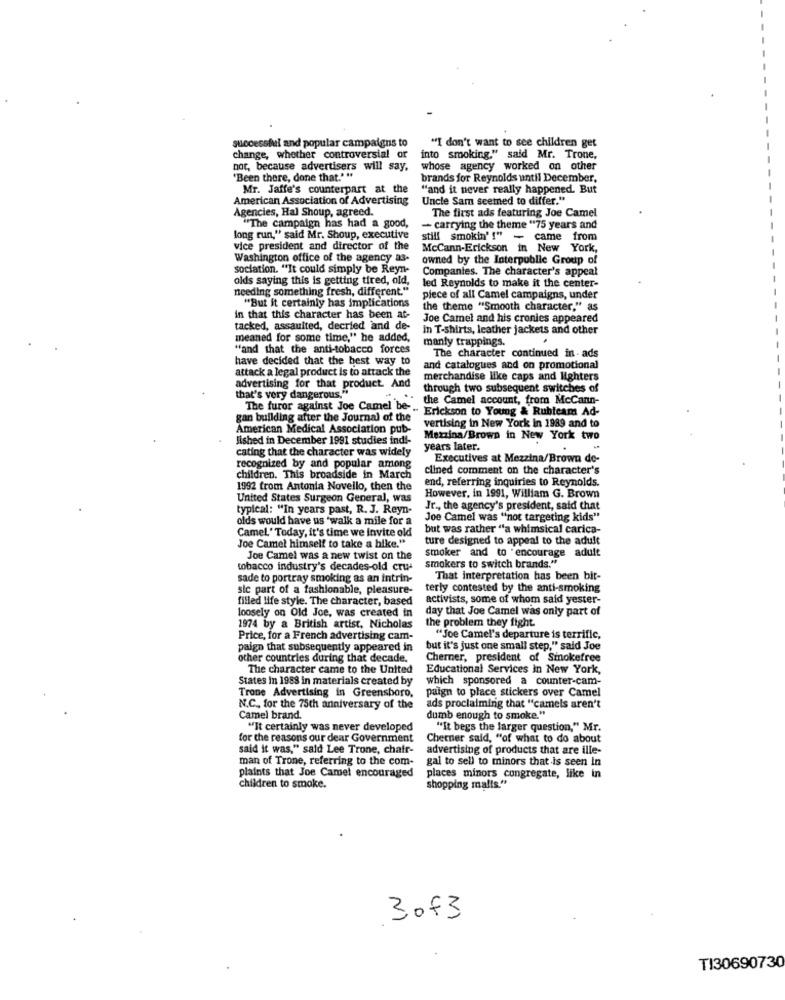
successful and popular campaigns to
"I don't want to see children get
change, whether controversial or
into smoking," said Mr. Trone,
not, because advertisers will say,
whose agency worked on other
'Been there, done that.""
brands for Reynolds until December,
Mr. Jaffe's counterpart at the
"and it never really happened. But
American Association of Advertising
Uncle Sam seemed to differ."
Agencies, Hal Shoup, agreed.
The first ads featuring Joe Camel
"The campaign has had a good,
- carrying the theme "75 years and
long run," said Mr. Shoup, executive
still smokin' !" - came from
vice president and director of the
McCann-Erickson in New York,
Washington office of the agency as-
owned by the Interpublic Group of
sociation. "It could simply be Reyn-
Companies. The character's appeal
olds saying this is getting tired, old,
needing something fresh, different."
led Reynolds to make it the center-
piece of all Camel campaigns, under
"But it certainly has implications
the theme "Smooth character," as
in that this character has been at-
Joe Camel and his cronies appeared
tacked, assaulted, decried and de-
in T-shirts, leather jackets and other
meaned for some time," he added,
manly trappings.
"and that the anti-tobacco forces
The character continued in - ads
have decided that the best way to
attack a legal product is to attack the
and catalogues and on promotional
merchandise like caps and lighters
advertising for that product And
through two subsequent switches of
that's very dangerous."
the Camel account, from McCann-
The furor against Joe Camel be -..
" Erickson to Young & Rubicam Ad-
gan building after the Journal of the
American Medical Association pub-
vertising in New York in 1989 and to
Jished in December 1991 studies indi-
Mezzina/Brown in New York two
cating that the character was widely
years later.
Executives at Mezzina/Brown de-
recognized by and popular among
clined comment on the character's
children. This broadside in March
end, referring inquiries to Reynolds.
1992 from Antonia Novello, then the
United States Surgeon General, was
However, in 1991, William G. Brown
typical: "In years past, R. J. Reyn-
Jr ., the agency's president, said that
olds would have us 'walk a mile for a
Joe Camel was "not targeting kids"
Camel' Today, it's time we invite old
but was rather "a whimsical carica-
ture designed to appeal to the adult
Joe Camel himself to take a hike."
Joe Camel was a new twist on the
smoker and to encourage adult
tobacco industry's decades-old cru-
smokers to switch brands."
sade to portray smoking as an intrin-
That interpretation has been bit-
sie part of a fashionable, pleasure-
terly contested by the anti-smoking
filled life style. The character, based
activists, some of whom said yester-
loosely on Old Joe, was created in
day that Joe Camel was only part of
the problem they fight.
1974 by a British artist, Nicholas
Price, for a French advertising cam-
"Joe Camel's departure is terrific,
paign that subsequently appeared in
but it's just one small step," said Joe
other countries during that decade.
Cherner, president of Smokefree
The character came to the United
Educational Services in New York,
States In 1988 in materials created by
which sponsored a counter-cam-
paign to place stickers over Camel
Trone Advertising in Greensboro,
N.C, for the 75th anniversary of the
ads proclaiming that "camels aren't
Camel brand.
dumb enough to smoke."
"It certainly was never developed
"It begs the larger question," Mr.
for the reasons our dear Government
Chetner said, "of what to do about
said it was," said Lee Trone, chair-
advertising of products that are ille-
man of Trone, referring to the com-
gai to sell to minors that is seen in
plaints that Joe Camel encouraged
places minors congregate, like in
children to smoke.
shopping malls."
3of3
TI30690730